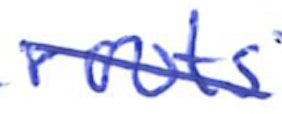
Text: roots
Cross-out: diagonal
Writing tool: ballpoint